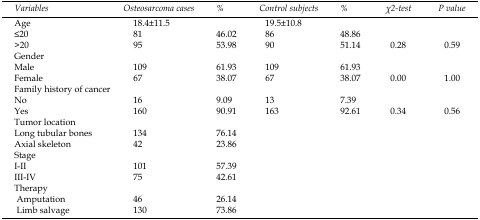
| Variables | Osteosarcoma cases | % | Control subjects | % | χ2-test | P value |
 | --- | --- | --- | --- | --- | --- | --- |
 | Age | 18.4±11.5 |  | 19.5±10.8 |  |  |  |
 | ≤20 | 81 | 46.02 | 86 | 48.86 |  |  |
 | >20 | 95 | 53.98 | 90 | 51.14 | 0.28 | 0.59 |
 | Gender |  |  |  |  |  |  |
 | Male | 109 | 61.93 | 109 | 61.93 |  |  |
 | Female | 67 | 38.07 | 67 | 38.07 | 0.00 | 1.00 |
 | Family history of cancer |  |  |  |  |  |  |
 | No | 16 | 9.09 | 13 | 7.39 |  |  |
 | Yes | 160 | 90.91 | 163 | 92.61 | 0.34 | 0.56 |
 | Tumor location |  |  |  |  |  |  |
 | Long tubular bones | 134 | 76.14 |  |  |  |  |
 | Axial skeleton | 42 | 23.86 |  |  |  |  |
 | Stage |  |  |  |  |  |  |
 | I-II | 101 | 57.39 |  |  |  |  |
 | III-IV | 75 | 42.61 |  |  |  |  |
 | Therapy |  |  |  |  |  |  |
 | Amputation | 46 | 26.14 |  |  |  |  |
 | Limb salvage | 130 | 73.86 |  |  |  |  |